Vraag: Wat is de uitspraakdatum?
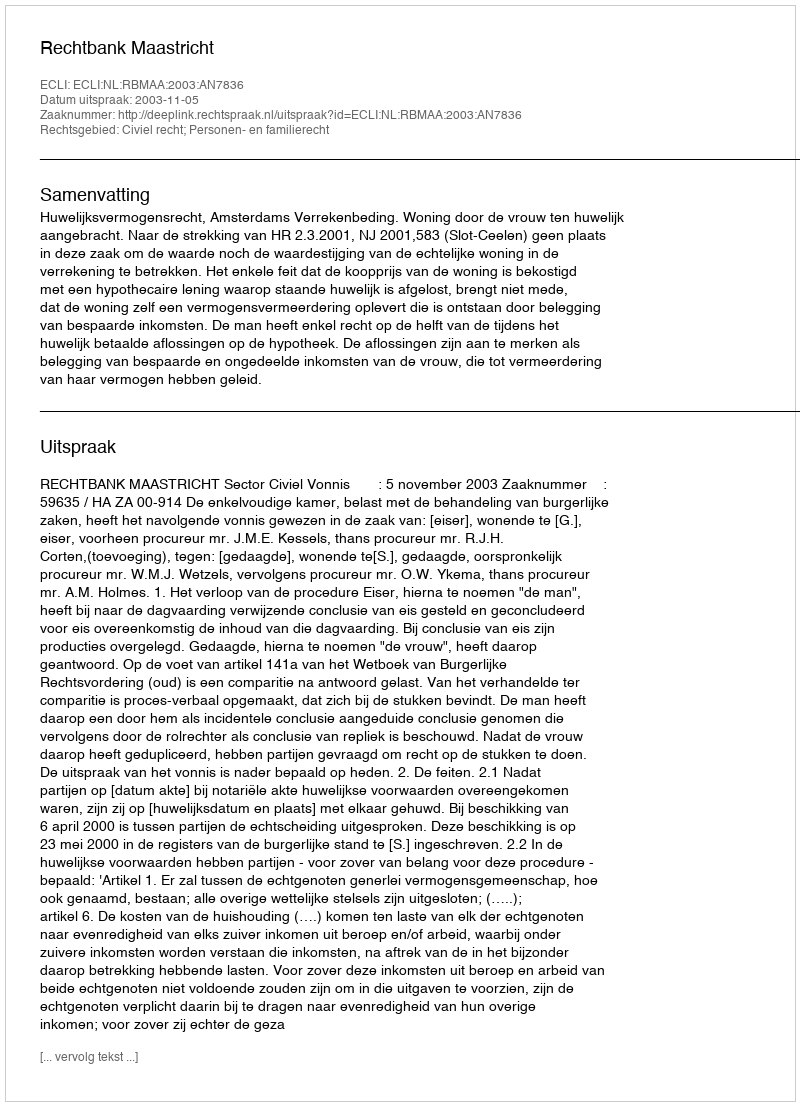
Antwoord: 2003-11-05